Leaving Certificate Examination (including Day School Certificate (Higher) General paper), 1931
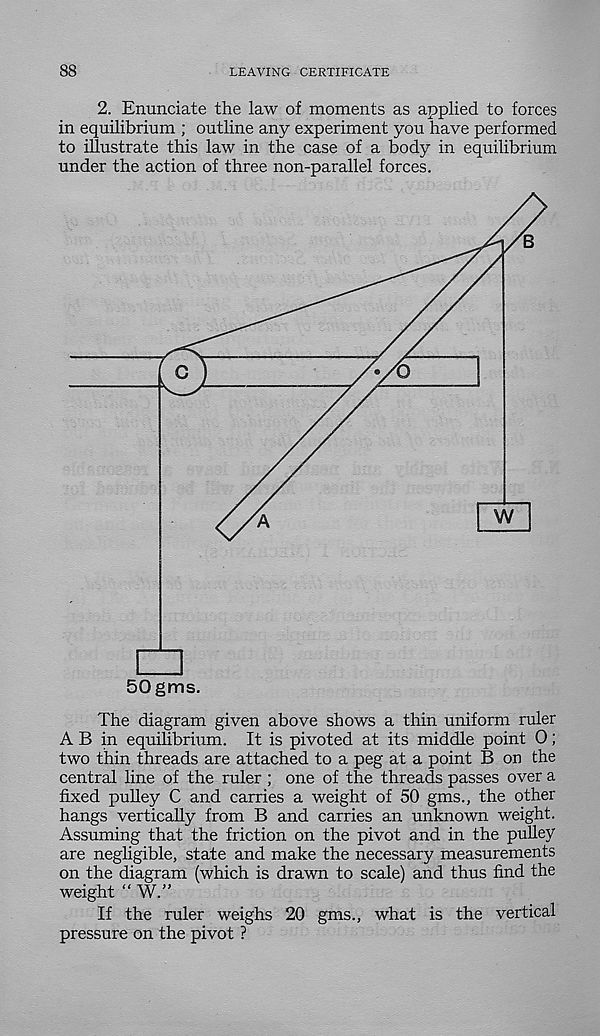
88
LEAVING CERTIFICATE
2. Enunciate the law of moments as applied to forces
in equilibrium ; outline any experiment you have performed
to illustrate this law in the case of a body in equilibrium
under the action of three non-parallel forces.
50gms.
The diagram given above shows a thin uniform ruler
A B in equilibrium. It is pivoted at its middle point 0;
two thin threads are attached to a peg at a point B on the
central line of the ruler ; one of the threads passes over a
fixed pulley C and carries a weight of 50 gms., the other
hangs vertically from B and carries an unknown weight.
Assuming that the friction on the pivot and in the pulley
are negligible, state and make the necessary measurements
on the diagram (which is drawn to scale) and thus find the
weight “ W.”
If the ruler weighs 20 gms., what is the vertical
pressure on the pivot ?